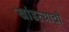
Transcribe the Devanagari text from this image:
खांडव्याची